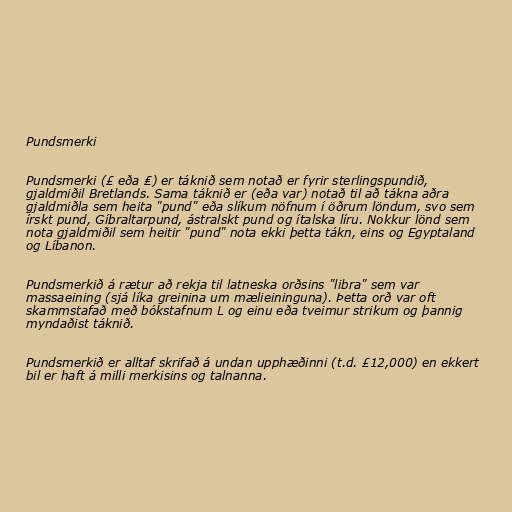
Pundsmerki

Pundsmerki (£ eða ₤) er táknið sem notað er fyrir sterlingspundið,
gjaldmiðil Bretlands. Sama táknið er (eða var) notað til að tákna aðra
gjaldmiðla sem heita "pund" eða slíkum nöfnum í öðrum löndum, svo sem
írskt pund, Gíbraltarpund, ástralskt pund og ítalska líru. Nokkur lönd sem
nota gjaldmiðil sem heitir "pund" nota ekki þetta tákn, eins og Egyptaland
og Líbanon.

Pundsmerkið á rætur að rekja til latneska orðsins "libra" sem var
massaeining (sjá líka greinina um mælieininguna). Þetta orð var oft
skammstafað með bókstafnum L og einu eða tveimur strikum og þannig
myndaðist táknið.

Pundsmerkið er alltaf skrifað á undan upphæðinni (t.d. £12,000) en ekkert
bil er haft á milli merkisins og talnanna.